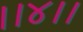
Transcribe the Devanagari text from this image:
।।४।।